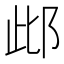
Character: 𨚖